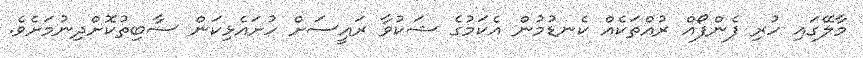
މާލޭގައި ހުރި ފެންފޯއް ރުއްތަކެއް ކެނޑުމުން އެކަމުގެ ޝަކުވާ ރައީސަށް ހުށައެޅިކަން ސާބިތުކޮށްދިނުމަށެވެ.